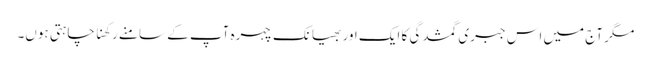
مگر آج میں اس جبری گمشدگی کا ایک اور بھیانک چہرہ آپ کے سامنے رکھنا چاہتی ہوں۔